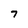
Character: 7